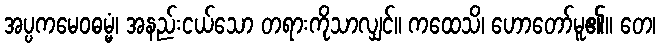
အပ္ပကမေဝဓမ္မံ၊ အနည်းငယ်သော တရားကိုသာလျှင်။ ကထေသိ၊ ဟောတော်မူ၏။ တေ၊